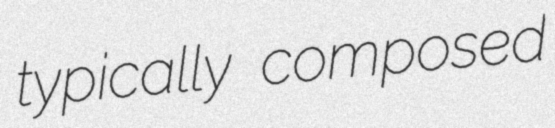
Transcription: typically composed